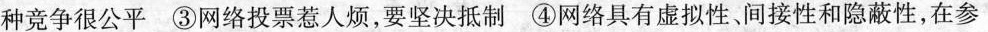
种竞争很公平 ③网络投票惹人烦，要坚决抵制 ④网络具有虚拟性、间接性和隐蔽性，在参